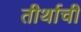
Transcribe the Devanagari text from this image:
तीर्थाची